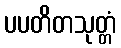
ပပတိတသုတ္တံ